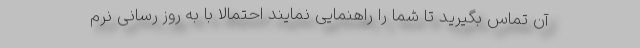
آن تماس بگیرید تا شما را راهنمایی نمایند احتمالا با به روز رسانی نرم